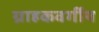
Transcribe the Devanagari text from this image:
ग्राहकवर्गीय